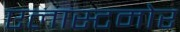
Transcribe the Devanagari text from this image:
एलास्टमोर